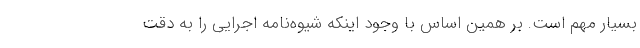
بسیار مهم است. بر همین اساس با وجود اینکه شیوه‌نامه اجرایی را به دقت